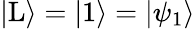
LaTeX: |\mathrm{L}\rangle=|1\rangle=|\psi_{1}\rangle